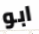
ابو